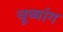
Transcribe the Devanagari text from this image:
चूच्यांग